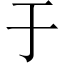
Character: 于